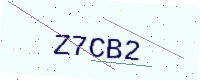
Text: Z7CB2